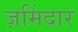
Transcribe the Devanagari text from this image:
ज़मिंदार